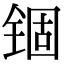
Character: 锢